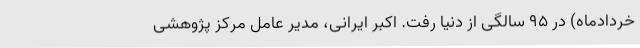
خردادماه) در ۹۵ سالگی از دنیا رفت. اکبر ایرانی، مدیر عامل مرکز پژوهشی